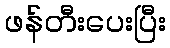
ဖန်တီးပေးပြီး